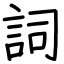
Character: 詞